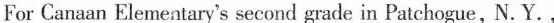
For Canaan Elementary's second grade in Patchogue, N.Y.